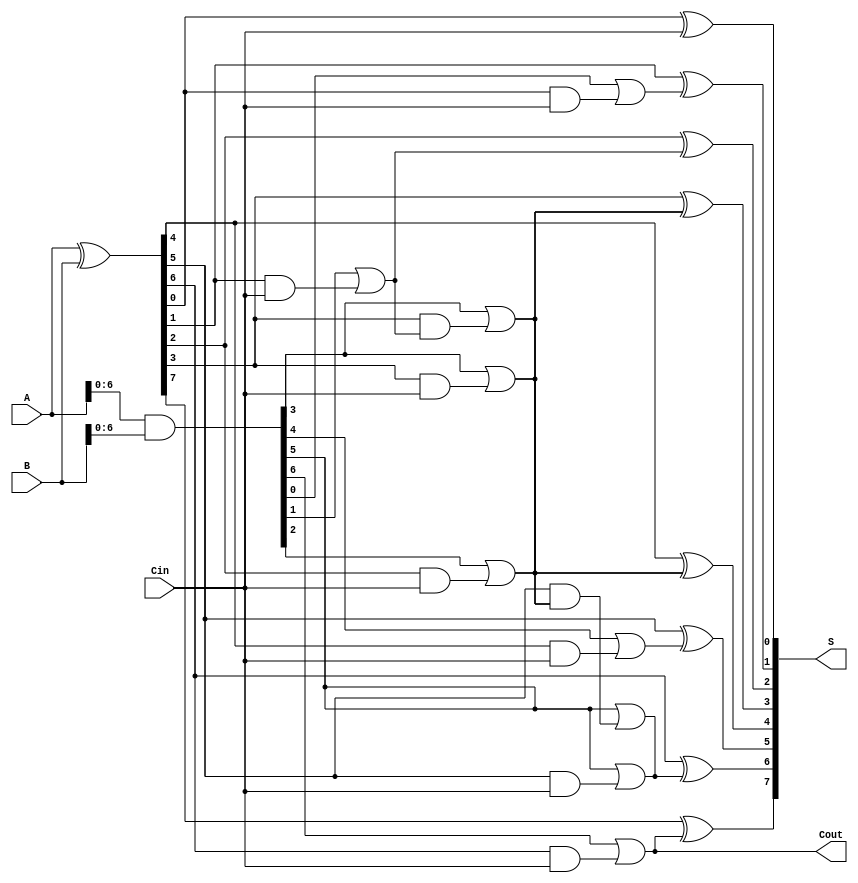
module KoggeStoneAdder #(parameter n = 8) (
    input  [n-1:0] A,      // First operand
    input  [n-1:0] B,      // Second operand
    input         Cin,      // Carry-in
    output [n-1:0] S,      // Sum output
    output        Cout      // Carry-out
);

    // Generate and Propagate signals
    wire [n-1:0] G; // Generate
    wire [n-1:0] P; // Propagate
    wire [n-1:0] C; // Carry

    // Generate and Propagate calculations
    assign G = A & B; // Generate
    assign P = A ^ B; // Propagate

    // Stage 0: Initial carry
    assign C[0] = Cin;

    // Carry computation for each stage
    genvar i, j;
    generate
        // Stage 1
        for (i = 0; i < n-1; i = i + 1) begin : stage1
            assign C[i+1] = G[i] | (P[i] & C[0]);
        end

        // Stage 2
        for (i = 0; i < n-2; i = i + 2) begin : stage2
            assign C[i+2] = G[i+1] | (P[i+1] & C[i]);
        end

        // Stage 3
        for (i = 0; i < n-4; i = i + 4) begin : stage3
            assign C[i+4] = G[i+2] | (P[i+2] & C[i]);
        end

        // Continue for log2(n) stages
        // You may need to add additional stages depending on n
    endgenerate

    // Sum calculation
    generate
        for (i = 0; i < n; i = i + 1) begin : sum_calc
            assign S[i] = P[i] ^ C[i]; // Sum calculation
        end
    endgenerate

    // Final carry-out
    assign Cout = C[n-1];

endmodule